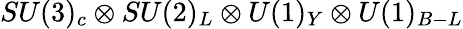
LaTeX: SU(3)_{c}\otimes SU(2)_{L}\otimes U(1)_{Y}\otimes U(1)_{B-L}